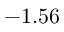
- 1 . 5 6